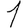
Digit: 1